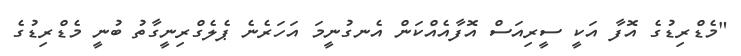
"މެޑްރިޑުގެ އޮފާ އަކީ ސީރިއަސް އޮފާއެއްކަން އެނގުނީމަ އަހަރެނެ ޕެލެގްރިނީގާތު ބުނީ މެޑްރިޑުގެ